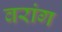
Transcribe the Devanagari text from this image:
वरांग